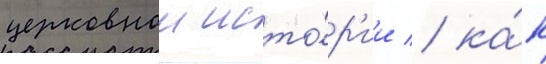
церковнои исто́р'ии / ка́к